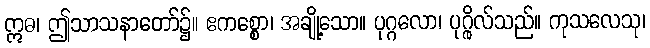
ဣဓ၊ ဤသာသနာတော်၌။ ဧကစ္စော၊ အချို့သော။ ပုဂ္ဂလော၊ ပုဂ္ဂိုလ်သည်။ ကုသလေသု၊